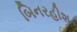
બિનરહીશ